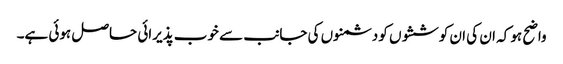
واضح ہو کہ ان کی ان کوششوں کو دشمنوں کی جانب سے خوب پذیرائی حاصل ہوئی ہے۔